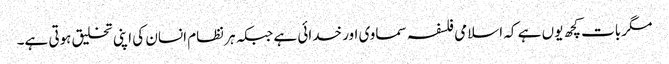
مگر بات کچھ یوں ہے کہ اسلامی فلسفہ سماوی اور خدائی ہے جبکہ ہر نظام انسان کی اپنی تخلیق ہوتی ہے۔